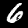
Label: 6